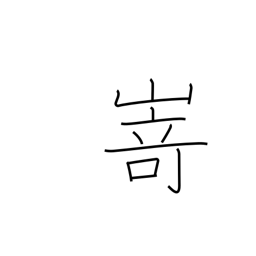
Meaning: promontory